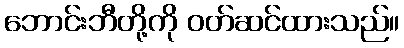
ဘောင်းဘီတို့ကို ဝတ်ဆင်ထားသည်။